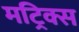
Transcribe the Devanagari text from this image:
मट्रिक्स